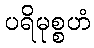
ပရိမုစ္စဟံ